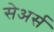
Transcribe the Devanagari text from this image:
सेअर्स